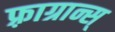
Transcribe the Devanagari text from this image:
फ़्राग्रान्स्